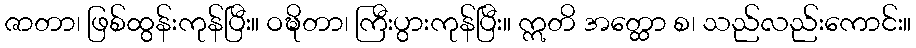
ဇာတာ၊ ဖြစ်ထွန်းကုန်ပြီး။ ဝဍ္ဎိတာ၊ ကြီးပွားကုန်ပြီး။ ဣတိ အတ္ထော စ၊ သည်လည်းကောင်း။